Medical and sanitary report on the native army of Bombay for the year
Year: 1877
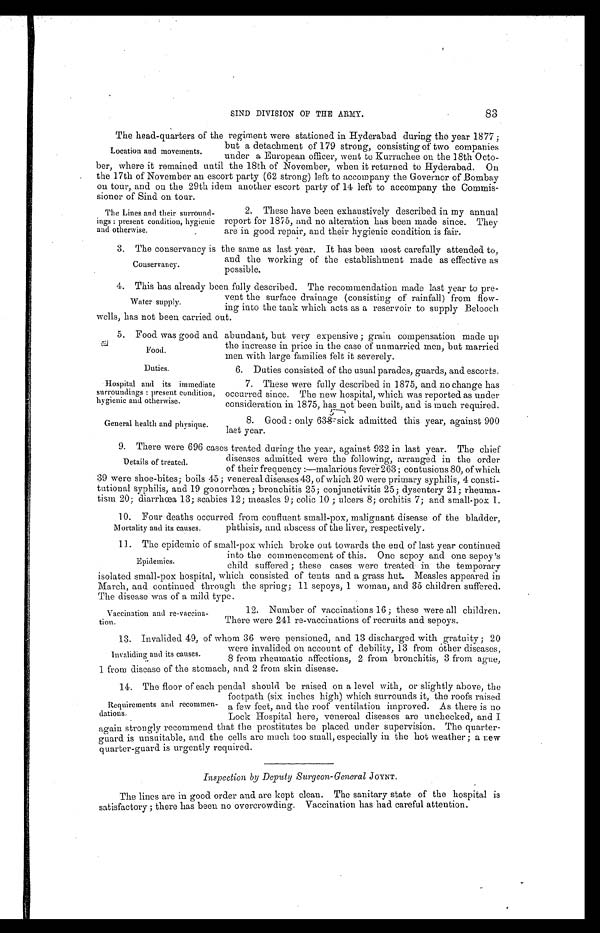
Food.
Duties.
Hospital and its immediate
surroundings : present condition,
hygienic and otherwise.
General health and physique.
83
SIND DIVISION OF THE ARMY.
The head-quarters of the regiment were stationed in Hyderabad during the year 1877 ;
but a detachment of 179 strong, consisting of two companies
under a European officer, went to Kurrachee on the 18th Octo
- b e r , w h e r e i t r e m a i n e d u n t i l t h e 1 8 t h o f N o v e m b e r , w h e ni
t
r e t u r n e d t o H y d e r a b a d . O n
the 17th of November an escort party (62 strong) left to accompany the Governor of Bombay
on tour, and on the 29th idem another escort party of 14 left to accompany the Commis-
sioner of Sind on tour.
Location and movements.
The Lines and their surrou nd
- i n g s : p r e s e n t c o n d i t i o n , h y g i e n i c
and otherwise.
2. These have been exhaustively described in my annual
report for 1875, and no alteration has been made since. They
are in good repair, and their hygienic condition is fair.
3. The conservancy is the same as last year. It has been most carefully attended to,
and the working of the establishment made as effective as
possible.
4. This has already been fully described. The recommendation made last year to pre
-vent the surface drainage (consisting of rainfall) from flow
-ing into the tank which acts as a reservoir to supply Belooch
wells, has not been carried out.
5. Food was good and abundant, but very expensive ; grain compensation made up
the increase in price in the case of unmarried men, but married
men with large families felt it severely.
6. Duties consisted of the usual parades, guards, and escorts.
Conservancy.
Water supply.
7. These were fully described in 1875, and no change has
occurred since. The new hospital, which was reported as under
consideration in 1875, has not been built, and is much required.
8. Good : only 635 sick admitted this year, against 900
last year.
9. There were 696 cases treated during the year, against 932 in last year. The chief
diseases admitted were the following, arranged in the order
of their frequency :—malarious fever 263 ; contusions 80, of which
39 were shoe-bites; boils 45 ; venereal diseases 43, of which 20 were primary syphilis, 4 consti
-tutional syphilis, and 19 gonorrhœa ; bronchitis 25; conjunctivitis 25; dysentery 21; rheuma
- t i s m 2 0 ; d i a r r h œ a 1 3 ; s c a b i e s 1 2 ; m e a s l e s 9 ; c o l i c 1 0 ; u l c e r s 8 ; o r c h i t i s 7 ; a n d s m a l l - p o x 1 .
10. Four deaths occurred from confluent small-pox, malignant disease of the bladder,
phthisis, and abscess of the liver, respectively.
11. The epidemic of small-pox which broke out towards the end of last year continued
into the commencement of this. One sepoy and one sepoy's
child suffered ; these cases were treated in the temporary
isolated small-pox hospital, which consisted of tents and a grass hut. Measles appeared in
March, and continued through the spring; 11 sepoys, 1 woman, and 35 children suffered.
The disease was of a mild type.
Details of treated.
Mortality and its causes.
Epidemics.
Vaccination and re-vaccina
-tion.
12. Number of vaccinations 16 ; these were all children.
There were 241 re-vaccinations of recruits and sepoys.
13.Invalided 4 9 , o f w h o m 3 6 w e r e p e n s i o n e d , a n d 1 3 d i s c h a r g e d w i t h g r a t u i t y ; 2 0
were invalided on account of debility, 13 from other diseases,
8 from rheumatic affections, 2 from bronchitis, 3 from ague,
1 from disease of the stomach, and 2 from skin disease.
14. The floor of each pendal should be raised on a level with, or slightly above, the
footpath (six inches high) which surrounds it, the roofs raised
a few feet, and the roof ventilation improved. As there is no
Lock Hospital here, venereal diseases are unchecked, and I
again strongly recommend that the prostitutes be placed under supervision. The quarter
-guard is unsuitable, and the cells are much too small, especially in the hot weather ; a new
quarter-guard is urgently required.
Inspection by Deputy Surgeon-General JOYNT.
The lines are in good order and arc kept clean. The sanitary state of the hospital is
satisfactory ; there has been no overcrowding. Vaccination has had careful attention.
Invaliding and its causes.
Requirements and recommen
-dations.